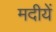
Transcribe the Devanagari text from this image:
मदीयें